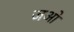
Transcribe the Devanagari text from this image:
जओ